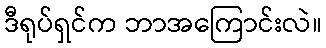
ဒီရုပ်ရှင်က ဘာအကြောင်းလဲ။